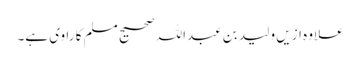
علاوہ ازیں ولید بن عبداللہ صحیح مسلم کا راوی ہے۔